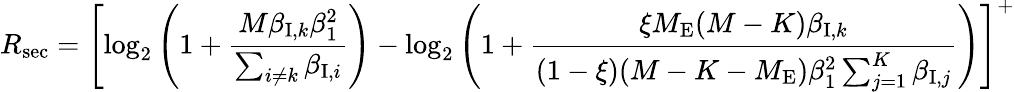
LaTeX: R_{\mathrm{sec}}=\left[\log_{2}\left(1+\frac{M\beta_{\mathrm{I},k}\beta_{1}^{2}}{\sum_{i\neq k}\beta_{\mathrm{I},i}}\right)-\log_{2}\left(1+\frac{\xi M_{\mathrm{E}}(M-K)\beta_{\mathrm{I},k}}{(1-\xi)(M-K-M_{\mathrm{E}})\beta_{1}^{2}\sum_{j=1}^{K}\beta_{\mathrm{I},j}}\right)\right]^{+}